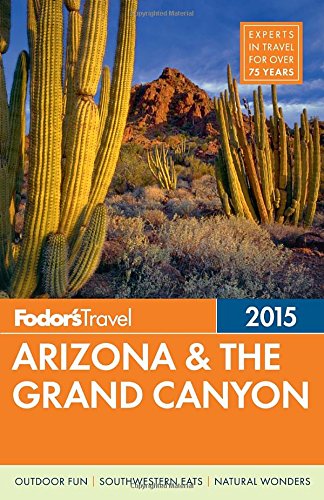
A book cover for Fodor's Arizona & the Grand Canyon 2015 (Full-color Travel Guide); Fodor's; Travel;